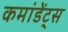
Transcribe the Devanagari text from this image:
कमांडेंट्स